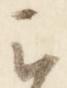
云